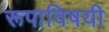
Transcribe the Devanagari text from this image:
रूपाविषयी